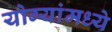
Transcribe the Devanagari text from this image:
योग्यांमध्ये